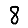
Digit: 8